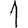
Digit: 1